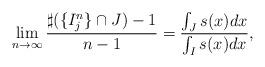
LaTeX: \begin{align*}\lim_{n\to\infty} \frac{\sharp (\{I_j^n\}\cap J)-1}{n-1}=\frac{\int_J s(x)dx}{\int_I s(x)dx},\end{align*}